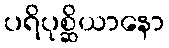
ပရိပုစ္ဆိယာနော